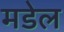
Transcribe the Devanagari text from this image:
मडेल